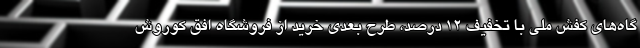
گاه‌های کفش ملی با تخفیف ۱۲ درصد، طرح بعدی خرید از فروشگاه افق کوروش